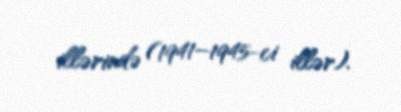
illərində (1941–1945-ci illər).